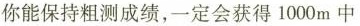
你能保持粗测成绩，一定会获得1000m中